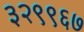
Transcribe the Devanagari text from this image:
३२९९६७